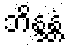
ဘိန္ဒန္တံ